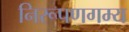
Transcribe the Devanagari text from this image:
निरूपणगम्य